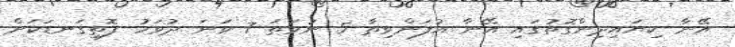
އޭނާ ކިޔައިދިންގޮތުގައި އޭނާ އުފަންވިތާ 5 ނުވަތަ 7 ވަނަ ދުވަހު ފޮތިގަނޑަކަށް